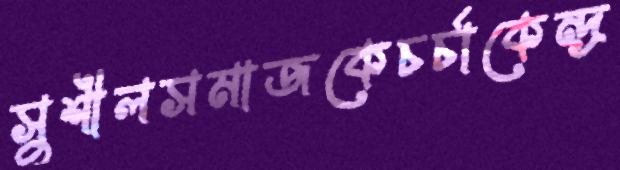
সুশীলসমাজকেচর্চাকেন্দ্র